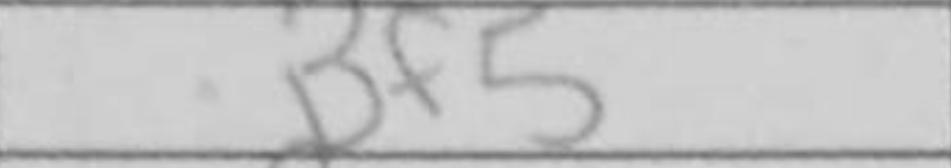
Transcription: Bf5